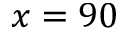
x = 9 0